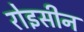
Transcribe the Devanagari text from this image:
रोइसीन